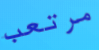
مرتعب